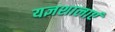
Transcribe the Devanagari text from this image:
यज्ञशालाएं